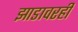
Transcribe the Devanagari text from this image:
झाडावरही